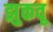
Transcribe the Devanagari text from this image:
झुकवू